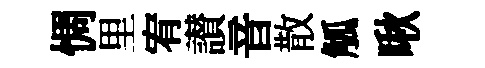
惆里宥讃音散觚啾